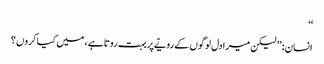
‘‘
انسان: ’’ لیکن میرا دل لوگوں کے رویّے پربہت روتا ہے ، میں کیا کروں ؟